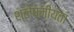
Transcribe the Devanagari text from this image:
श्लेष्मीयता